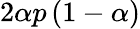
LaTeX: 2\alpha p\left(1-\alpha\right)